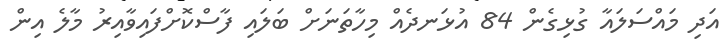
އަދި މައްސަލައާ ގުޅިގެން 84 އުޅަނދެއް މިހާތަނަށް ބަލައި ފާސްކޮށްފައިވާއިރު މާލެ އިން